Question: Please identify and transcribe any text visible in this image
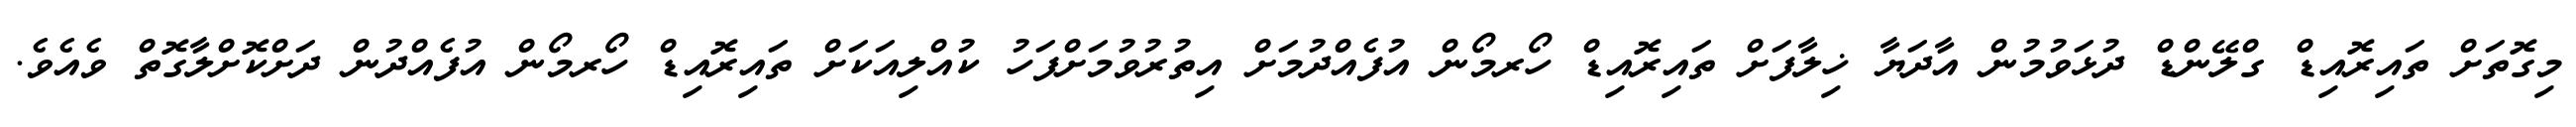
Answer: މިގޮތަށް ތައިރޮއިޑް ގްލޭންޑް ދުޅަވުމުން އާދަޔާ ޚިލާފަށް ތައިރޮއިޑް ހޯރމޯން އުފެއްދުމަށް އިތުރުވުމަށްފަހު ކުއްލިއަކަށް ތައިރޮއިޑް ހޯރމޯން އުފެއްދުން ދަށްކޮށްލާގޮތް ވެއެވެ.